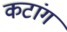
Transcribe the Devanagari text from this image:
कटांग